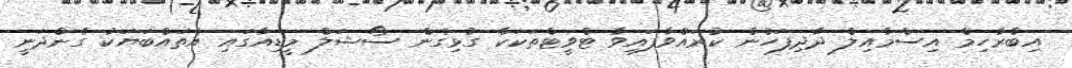
އިބްރާހިމް އިސްމާއިލް ދާދިފަހުން ކުރައްވާފައިވާ ޓްވީޓްތަކަކާ ގުޅިގެން ސޯޝަލް މީޑިއާގައި އެތައްބަޔަކު ގެންދަނީ